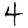
Digit: 4